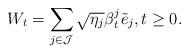
LaTeX: \begin{align*} W_t = \sum_{j \in \mathcal{J}} \sqrt{\eta_j} \beta_t^j \tilde{e}_j, t\geq 0.\end{align*}